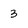
Character: 3